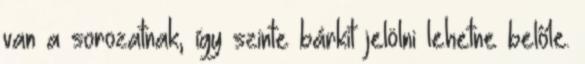
van a sorozatnak, így szinte bárkit jelölni lehetne belőle.